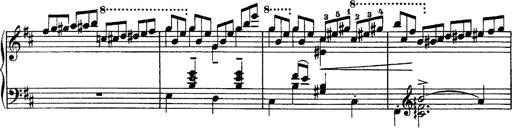
Title: Piano Sonata
Composer: Karl HÃ¤ssler
Key: C major